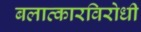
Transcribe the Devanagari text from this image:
बलात्कारविरोधी